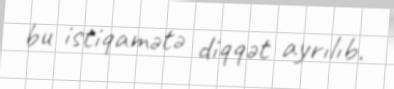
bu istiqamətə diqqət ayrılıb.